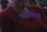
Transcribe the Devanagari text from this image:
तरंगवाली